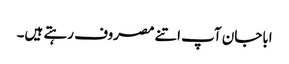
اباجان آپ اتنے مصروف رہتے ہیں۔